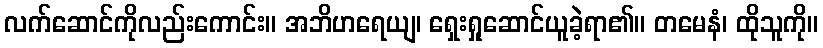
လက်ဆောင်ကိုလည်းကောင်း။ အဘိဟရေယျ၊ ရှေးရှုဆောင်ယူခဲ့ရာ၏။ တမေနံ၊ ထိုသူကို။